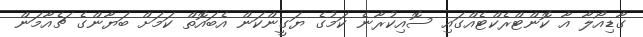
ގާޑިއޯލާ އާ ކޮންޓްރެކްޓެއްގައި ސޮއިކުރާނެ ކަމުގެ ޔަގީންކަން އެބައޮތް ކަމަށް ބަޔާންގެ ޗެއާމަން